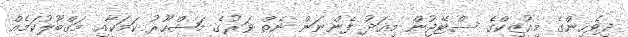
ދިވެހިންގެ މިއުޒިކްގެ ސްޓޭޖުން މިއަދު ފެންނަން ނެތް ވަރުގެ މަޝްހޫރު ކަމަކާއި މަގްބޫލުކަމެއް